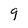
Character: 9